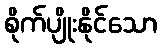
စိုက်ပျိုးနိုင်သော